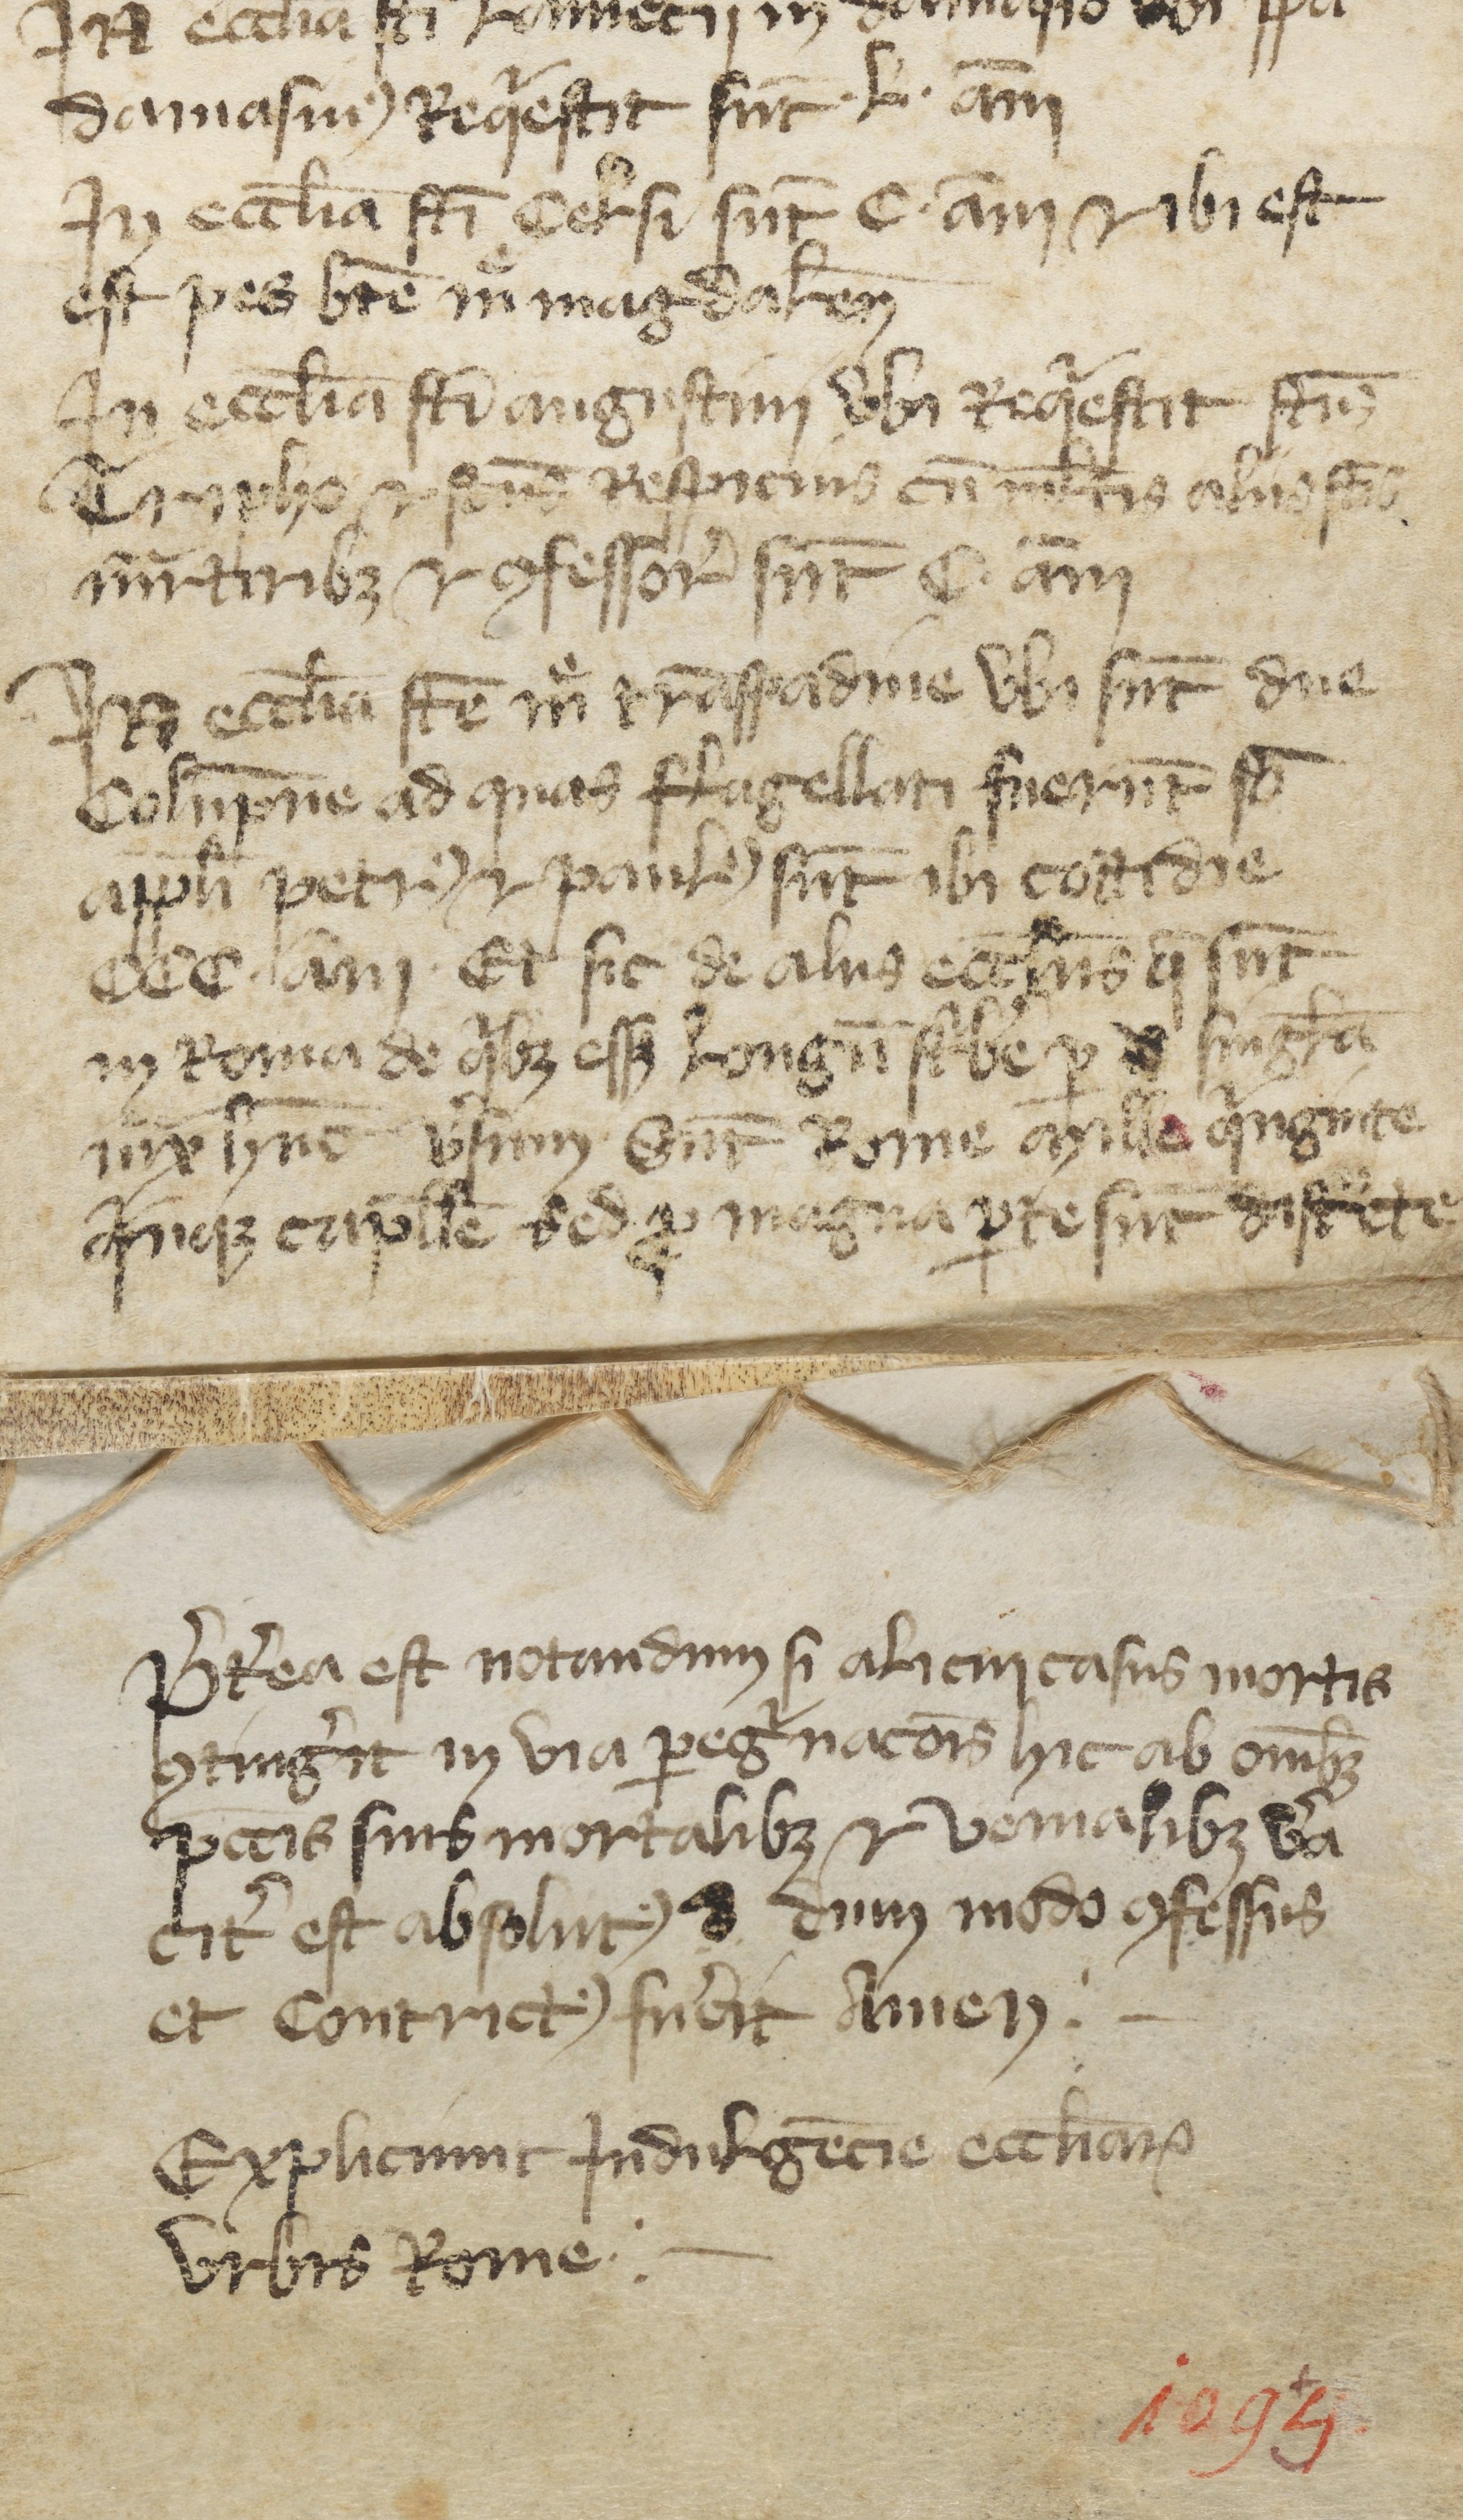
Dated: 1380–1399